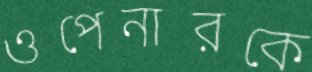
ওপেনারকে